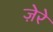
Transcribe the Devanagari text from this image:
ज़ेरे